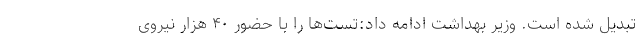
تبدیل شده است. وزیر بهداشت ادامه داد:تست‌ها را با حضور ۴۰ هزار نیروی